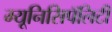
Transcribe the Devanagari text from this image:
म्यूनिसिपॅलिटी